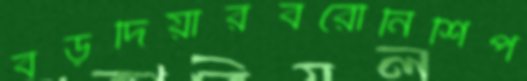
বড়দিয়ারবরোনিশিপ